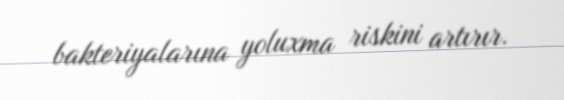
bakteriyalarına yoluxma riskini artırır.